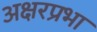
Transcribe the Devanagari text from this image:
अक्षरप्रभा